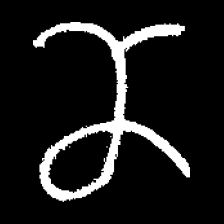
Pyu character \u2014 Myanmar letter: ဏ (romanized: nna)